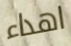
اهداء